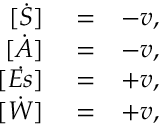
\begin{array} { r l r } { \dot { [ S ] } } & { { } = } & { - v , } \\ { \dot { [ A ] } } & { { } = } & { - v , } \\ { \dot { [ E s ] } } & { { } = } & { + v , } \\ { \dot { [ W ] } } & { { } = } & { + v , } \end{array}